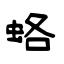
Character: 蛒